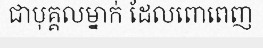
ជាបុគ្គលម្នាក់ ដែលពោពេញ